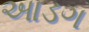
આડગ